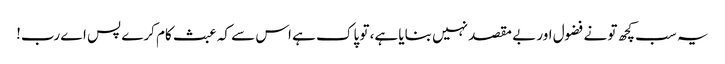
یہ سب کچھ تو نے فضول اور بے مقصد نہیں بنایا ہے، تو پاک ہے اس سے کہ عبث کام کرے پس اے رب!